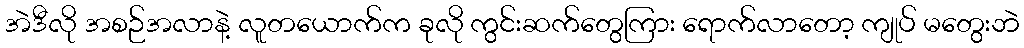
အဲဒီလို အစဉ်အလာနဲ့ လူတယောက်က ခုလို ကွင်းဆက်တွေကြား ရောက်လာတော့ ကျုပ် မတွေးဘဲ